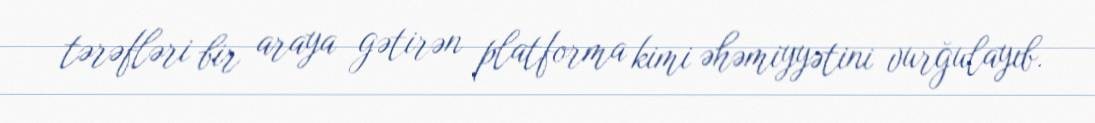
tərəfləri bir araya gətirən platforma kimi əhəmiyyətini vurğulayıb.